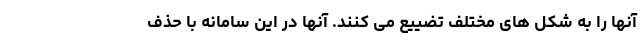
آنها را به شکل های مختلف تضییع می کنند. آنها در این سامانه با حذف